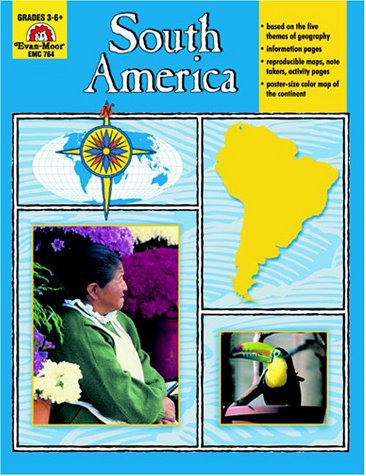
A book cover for South America, Grades 3-6; Jo Ellen Moore; Children's Books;